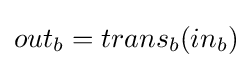
out_{b}=trans_{b}(in_{b})